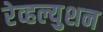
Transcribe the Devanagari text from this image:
रेव्हल्युशन